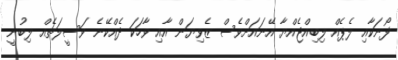
ފޯނަކާއި ލެޕެއް ލިބިއްޖެއްޔާ އޭނައަށްވެސް ޒެވިޔަން އާއި ވާހަކަ ދެއްކޭނެ ވަސީލަތެއް ލިބުނީ